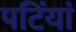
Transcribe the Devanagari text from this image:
पटिंयां